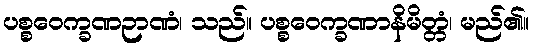
ပစ္စဝေက္ခဏဉာဏံ၊ သည်။ ပစ္စဝေက္ခဏာနိမိတ္တံ၊ မည်၏။